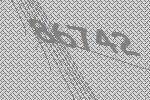
86742